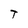
Character: T